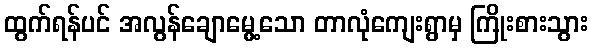
ထွက်ရန်ပင် အလွန်ချောမွေ့သော တာလုံကျေးရွာမှ ကြိုးစားသွား